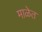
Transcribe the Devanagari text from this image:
माळेत